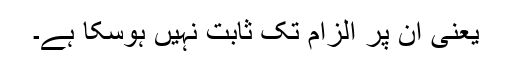
یعنی ان پر الزام تک ثابت نہیں ہوسکا ہے۔